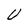
Character: U